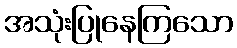
အသုံးပြုနေကြသော